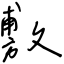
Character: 敷